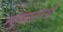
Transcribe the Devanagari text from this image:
त्याच्यासारखी